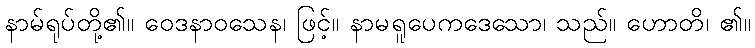
နာမ်ရုပ်တို့၏။ ဝေဒနာဝသေန၊ ဖြင့်။ နာမရူပေကဒေသော၊ သည်။ ဟောတိ၊ ၏။